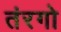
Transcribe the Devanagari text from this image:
तंरगो